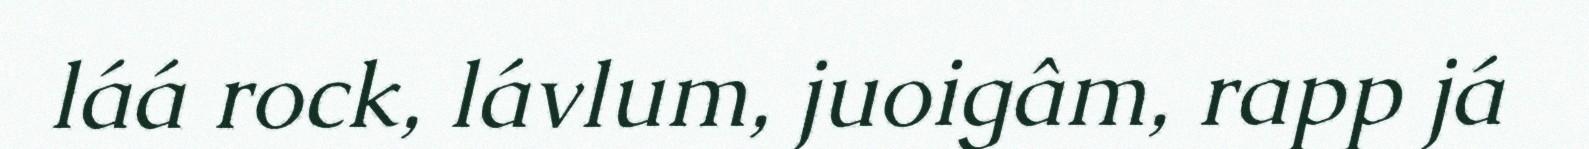
láá rock, lávlum, juoigâm, rapp já